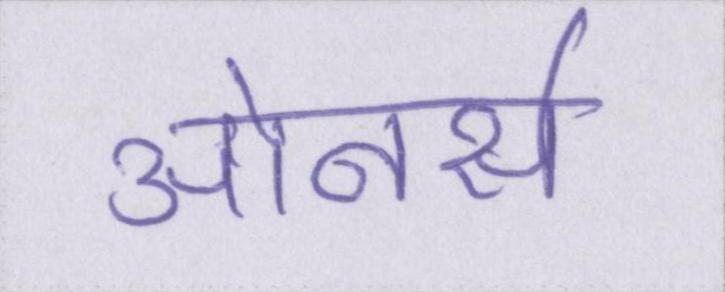
ओनर्स